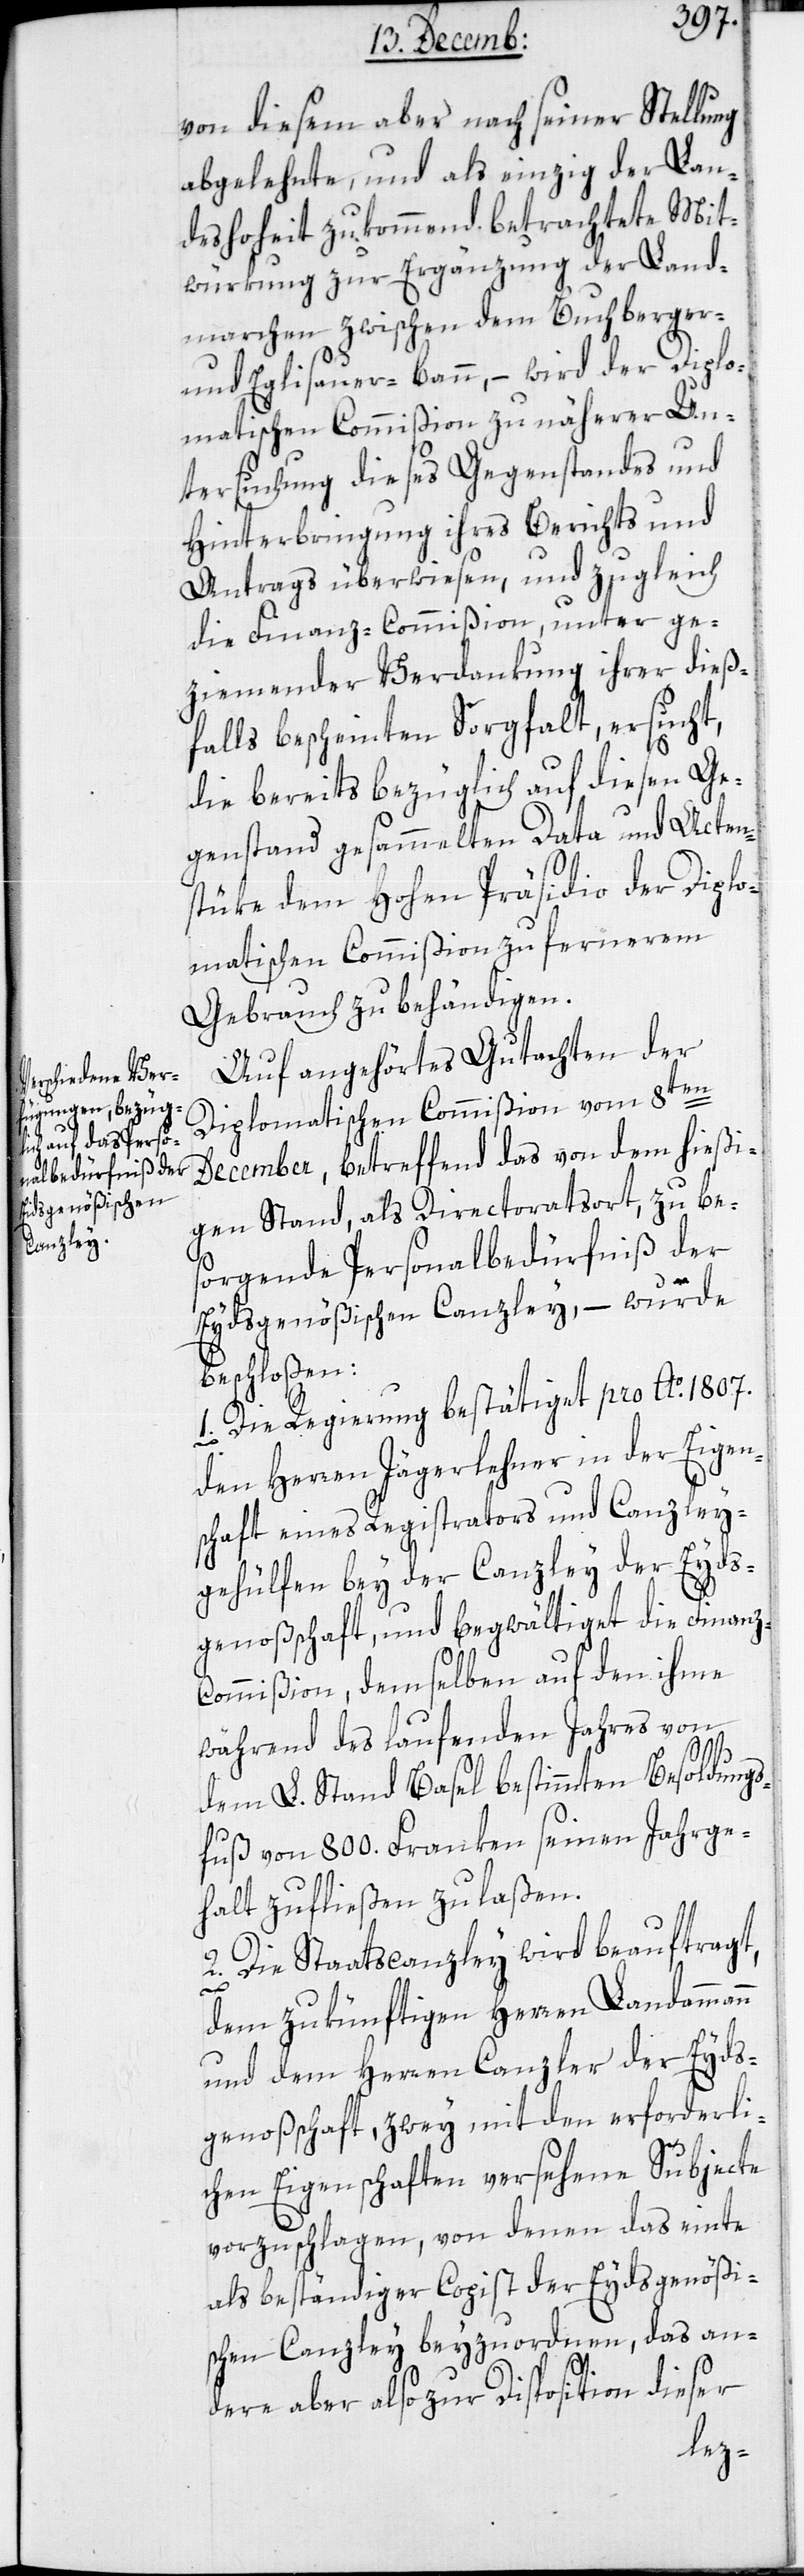
von diesem aber nach seiner Stellung
abgelehnte, und als einzig der Lan¬
deshoheit zukommend betrachtete Mit¬
würkung zur Ergänzung der Land¬
marchen zwischen dem Buchberger-
und Eglisauer-Bann, – wird der Diplo¬
matischen Commißion zu näherer Un¬
tersuchung dieses Gegenstandes und
Hinterbringung ihres Berichts und
Antrags überwiesen, und zugleich
die Finanz-Commißion, unter ge¬
ziemender Verdankung ihrer dieß¬
falls bescheinten Sorgfalt, ersucht,
die bereits bezüglich auf diesen Ge¬
genstand gesammelten Data und Acten¬
stüke dem hohen Präsidio der Diplo¬
matischen Commißion zu fernerem
Gebrauch zu behändigen.
Auf angehörtes Gutachten der
Diplomatischen Commißion vom 8ten
December, betreffend das von dem hießi¬
gen Stand, als Directoratsort, zu bes¬
orgende Personalbedürfniß der
Eydsgenößischen Canzley, – wurde
beschloßen:
1. Die Regierung bestätiget pro Ao. 1807
den Herren Jägerlehner in der Eigen¬
schaft eines Registrators und Canzley¬
gehülfen bey der Canzley der Eyds¬
genoßschaft, und begwältiget die Finanz-C¬
ommißion , demselben auf den ihme
während des laufenden Jahres von
dem L. Stand Basel bestimmten Besoldungs¬
fuß von 800. Franken seinen Jahrge¬
halt zufließen zu laßen.
2. Die Staatscanzley wird beauftragt,
dem zukünftigen Herren Ladammann
und dem Herren Canzler der Eyds¬
genoßschaft, zwey mit den erforderli¬
chen Eigenschaften versehene Subjecte
vorzuschlagen, von denen das einte
als beßtändiger Copist der Eydsgenößi¬
schen Canzley beyzuordnen, das an¬
dere aber also zur Disposition dieser